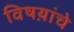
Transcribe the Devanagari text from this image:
विषय़ांचे